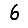
Digit: 6